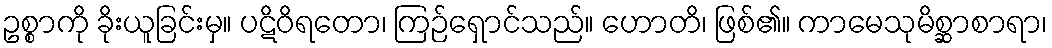
ဥစ္စာကို ခိုးယူခြင်းမှ။ ပဋိဝိရတော၊ ကြဉ်ရှောင်သည်။ ဟောတိ၊ ဖြစ်၏။ ကာမေသုမိစ္ဆာစာရာ၊